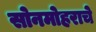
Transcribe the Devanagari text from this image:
सोनमोहराचे